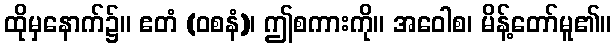
ထိုမှနောက်၌။ ဧတံ (ဝစနံ)၊ ဤစကားကို။ အဝေါစ၊ မိန့်တော်မူ၏။